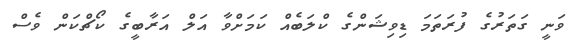
ވަނީ ގަތަރުގެ ފުރަތަމަަ ޑިވިޝަންގެ ކްލަބެއް ކަމަށްވާ އަލް އަރާބީގެ ކޯޗްކަން ވެސް